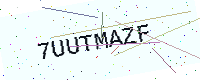
Text: 7UUTMAZF